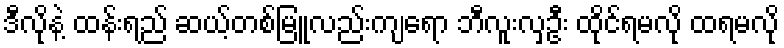
ဒီလိုနဲ့ ထန်းရည် ဆယ့်တစ်မြူလည်းကျရော ဘီလူးလှဦး ထိုင်ရမလို ထရမလို